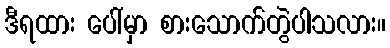
ဒီရထား ပေါ်မှာ စားသောက်တွဲပါသလား။